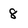
Character: 8